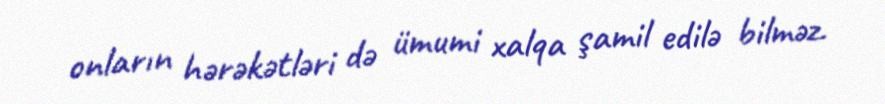
onların hərəkətləri də ümumi xalqa şamil edilə bilməz.